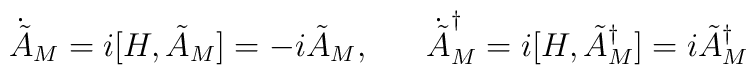
\dot{\tilde{A}}_{M} = i[H,\tilde{A}_{M}] = -i\tilde{A}_{M}, \;\;\;\;\;\; \dot{\tilde{A}}^{\dagger}_{M} = i[H,\tilde{A}^{\dagger}_{M}] = i \tilde{A}^{\dagger}_{M}